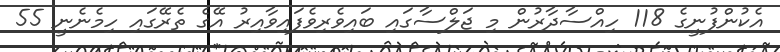
އެކުންފުނީގެ 118 ހިއްސާދާރުން މި ޖަލްސާގައި ބައިވެރިވެފައިވާއިރު އޭގެ ތެރޭގައި ހިމެނެނީ 55